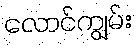
လောင်ကျွမ်း